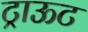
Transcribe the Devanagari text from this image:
ट्राऊट